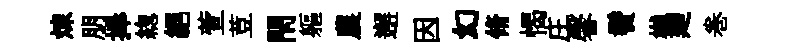
煉朋捧緫絶萱荳閇軀農邂因幻脩愒庄馨鬢樾廼巻